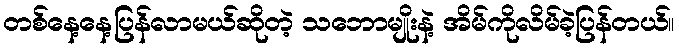
တစ်နေ့နေ့ပြန်လာမယ်ဆိုတဲ့ သဘောမျိုးနဲ့ အိမ်ကိုလိမ်ခဲ့ပြန်တယ်။